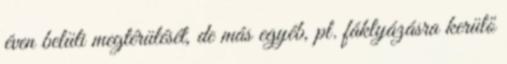
éven belüli megtérülését, de más egyéb, pl. fáklyázásra kerülő